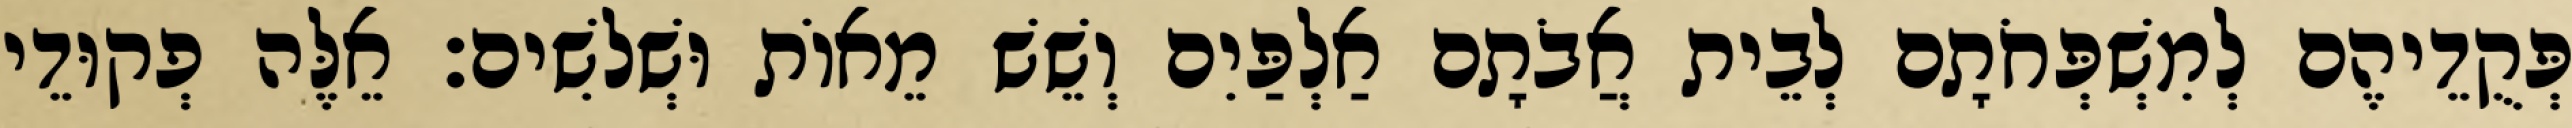
פְּקֻדֵיהֶם לְמִשְׁפְּחֹתָם לְבֵית אֲבֹתָם אַלְפַּיִם וְשֵׁשׁ מֵאוֹת וּשְׁלשִׁים׃ אֵלֶּה פְקוּדֵי